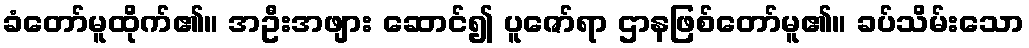
ခံတော်မူထိုက်၏။ အဦးအဖျား ဆောင်၍ ပူဇော်ရာ ဌာနဖြစ်တော်မူ၏။ ခပ်သိမ်းသော